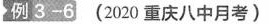
例3-6(2020重庆八中月考)